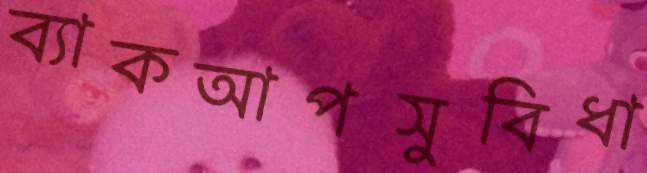
ব্যাকআপসুবিধা